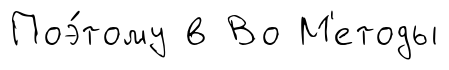
Поэ́тому в Во М'етоды